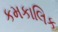
કમકાલિક